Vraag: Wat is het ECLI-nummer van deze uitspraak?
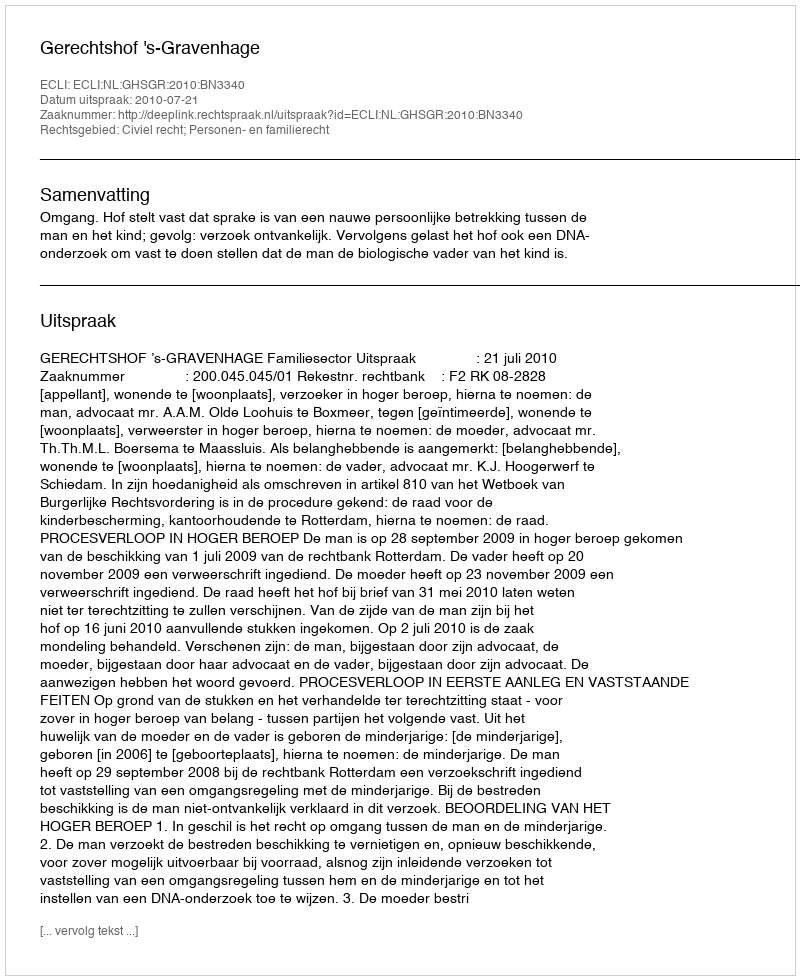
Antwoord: ECLI:NL:GHSGR:2010:BN3340